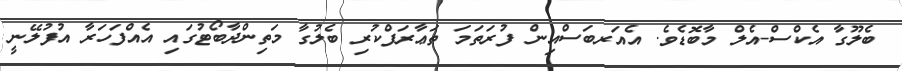
ބެލޫގާ އެކްސް-އެލް މާބޮޑެވެ. އެއަރބަސްއިން ފުރަތަމަ ތަޢާރަފްކުރި ބެލުގާ މަތިންދާބޯޓުގައި އެއްފަހަރާ އުފުލޭނީ